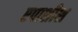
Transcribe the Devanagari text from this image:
एपाशीश